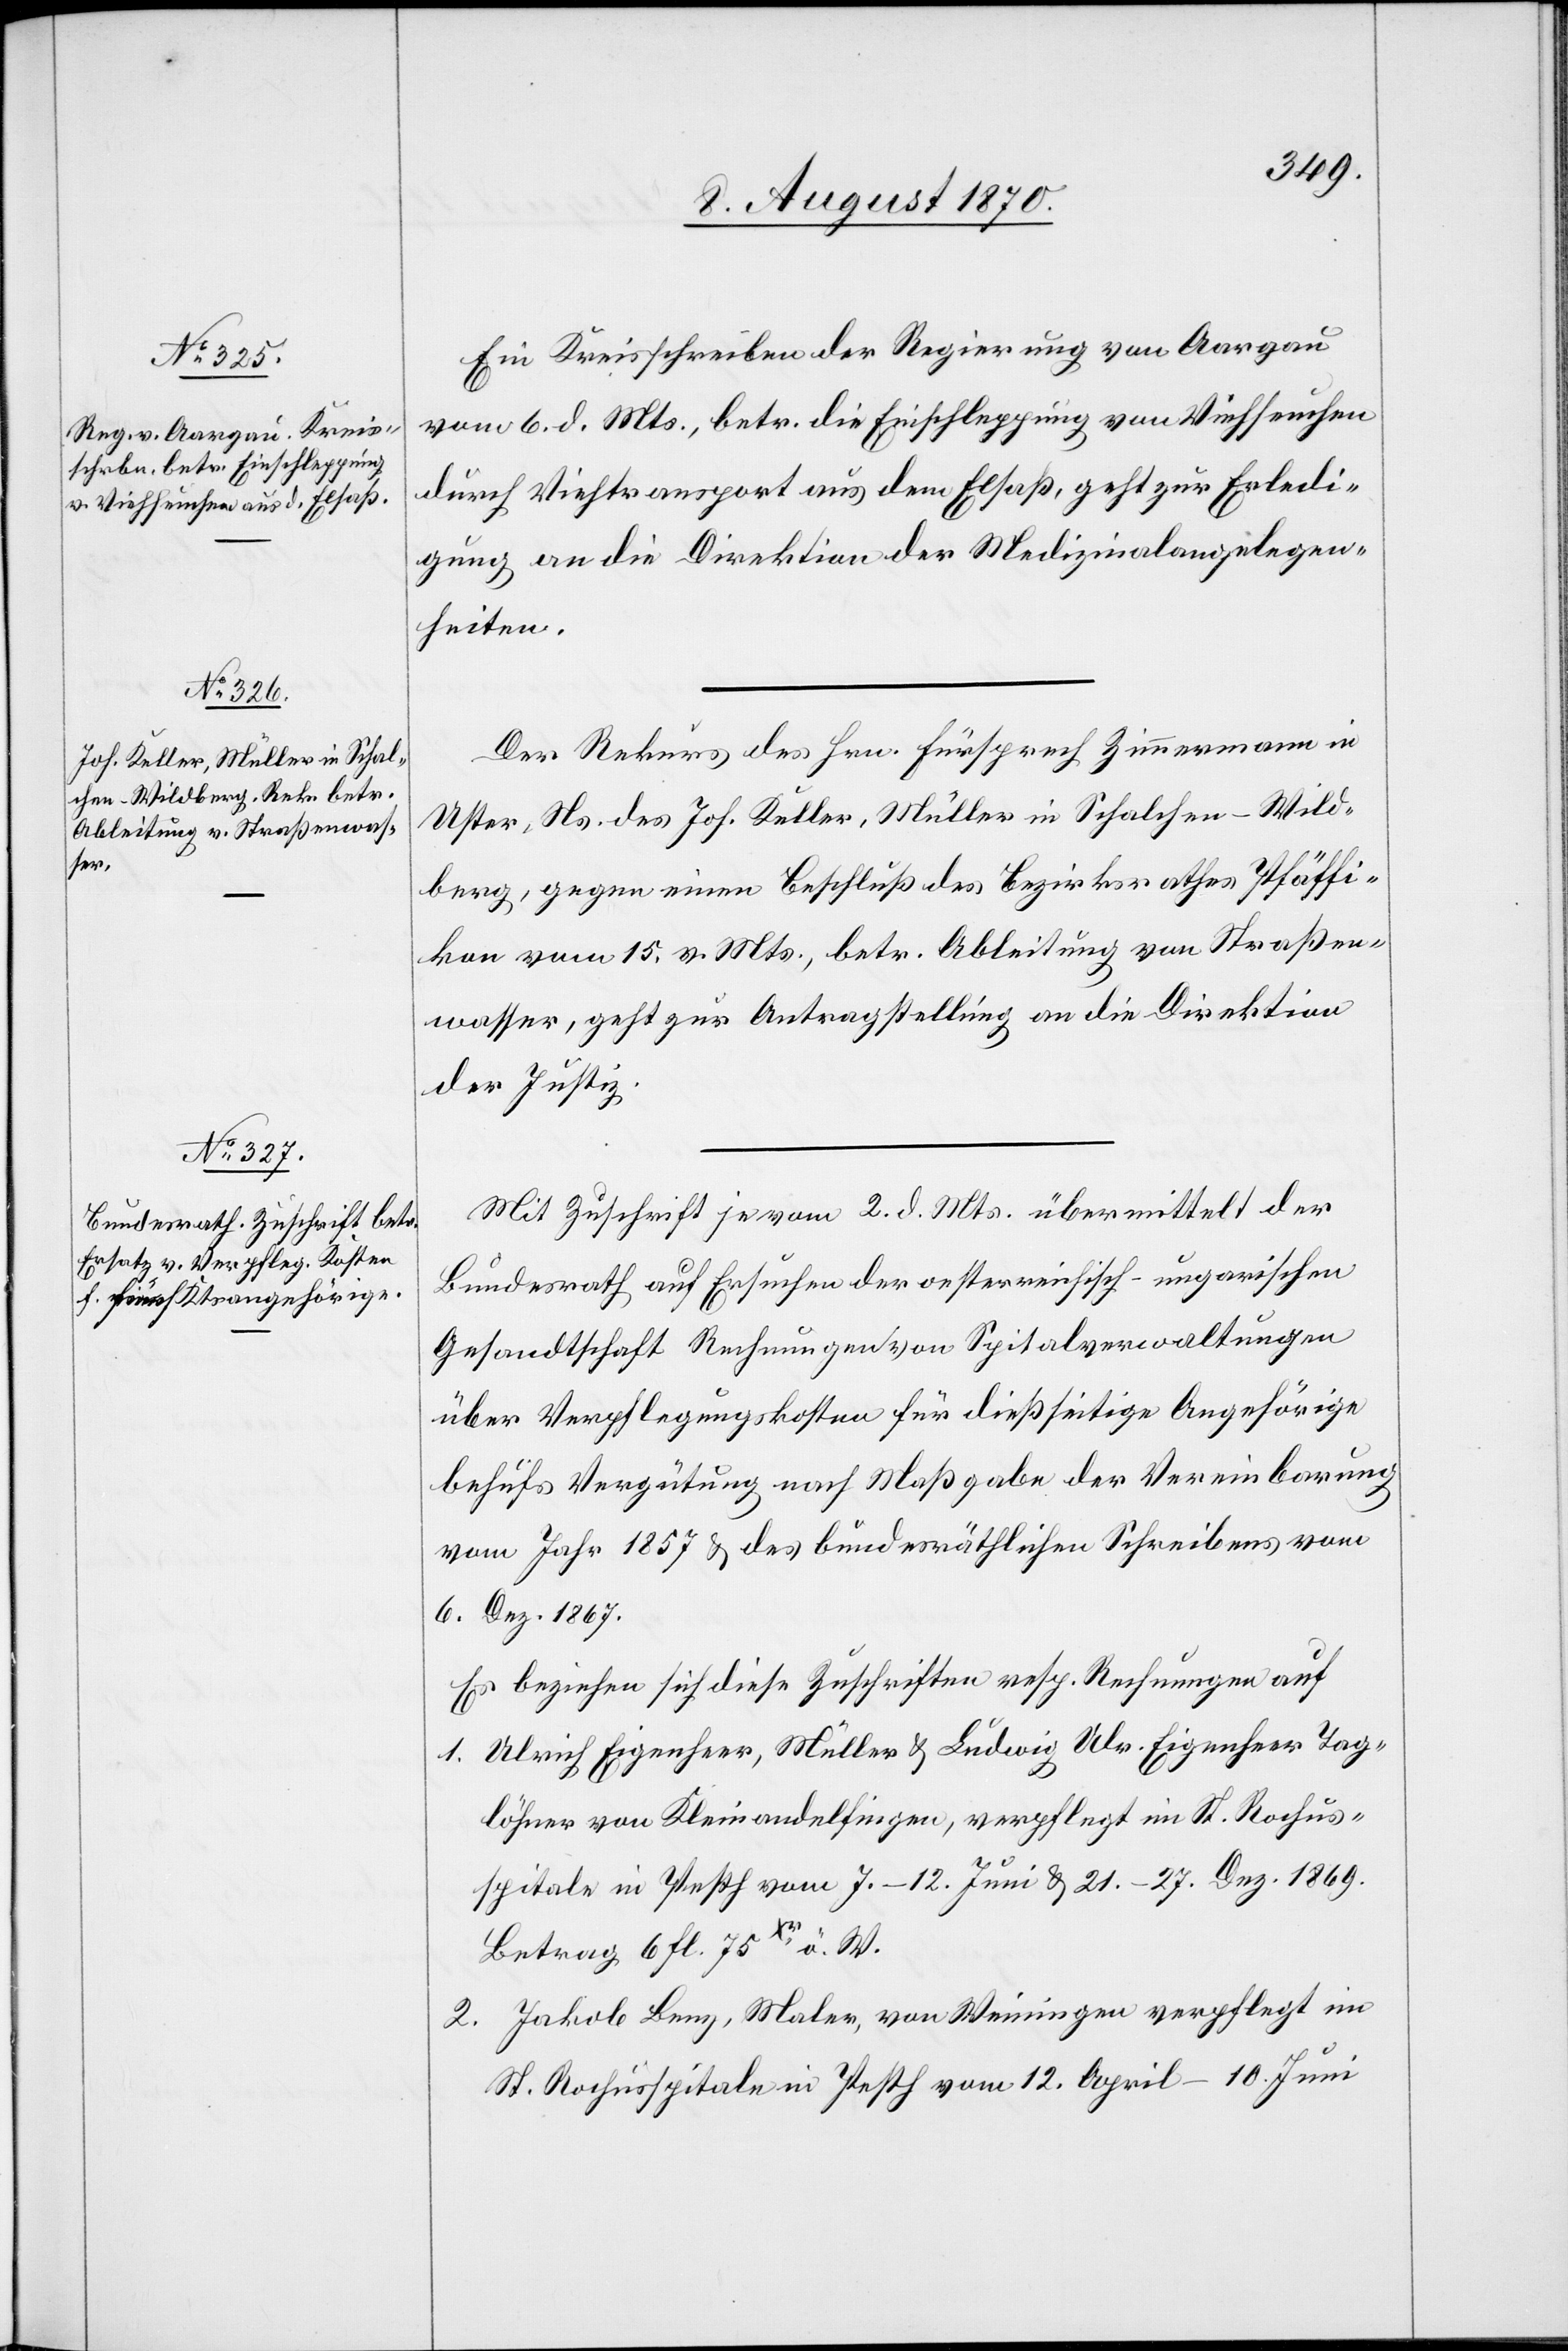
8. August 1870.]
Ein Kreisschreiben der Regierung von Aargau
vom 6. d. Mts., betr. die Einschleppung von Viehseuchen
durch Viehtransport aus dem Elsaß, geht zur Erledi¬
gung an die Direktion der Medizinalangelegen¬
heiten.
Der Rekurs des Hrn. Fürsprech Zimmermann in
Uster, Ns. des Joh. Keller, Müller in Schalchen - Wild¬
berg, gegen einen Beschluß des Bezirksrathes Pfäffi¬
kon vom 15. v. Mts., betr. Ableitung von Straßen¬
wasser, geht zur Antragstellung an die Direktion
der Justiz.
Mit Zuschrift vom 2. d. Mts. übermittelt der
Bundesrath auf Ersuchen der oesterreichisch-ungarischen
Gesandtschaft Rechnungen von Spitalverwaltungen
über Verpflegungskosten für dießseitige Angehörige
behufs Vergütung nach Maßgabe der Vereinbarung
vom Jahr 1857 & des bundesräthlichen Schreibens vom
6. Dez. 1867.
Es beziehen sich diese Zuschriften resp. Rechnungen auf
1. Ulrich Eigenheer, Müller & Ludwig Ulr. Eigenheer Tag¬
löhner von Kleinandelfingen, verpflegt im St. Rochus¬
spitale in Pesth vom 7.–12. Dez. 1869. Betrag 6 fl.
2. Jakob Benz, Maler, von Weinigen verpflegt im
St. Rochusspitale in Pesth vom 12. April–10. Juni